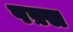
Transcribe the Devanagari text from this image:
पफ़्स